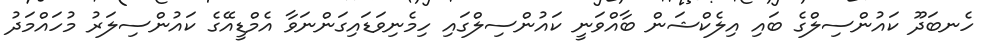
ހެނބަދޫ ކައުންސިލްގެ ބައި އިލެކްޝަން ބާއްވަނީ ކައުންސިލްގައި ހިމެނިވަޑައިގަންނަވާ އެމްޑީއޭގެ ކައުންސިލަރު މުހައްމަދު